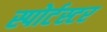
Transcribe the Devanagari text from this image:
स्पोर्टस्टर